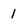
Character: 1